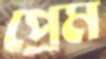
প্রেম